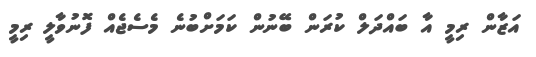
އަޒާން ރިމީ އާ ބައްދަލް ކުރަން ބޭނުން ކަމަށްބުނެ މެސެޖެއް ފޮނުވާލީ ރިމީ